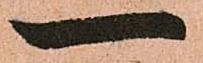
一